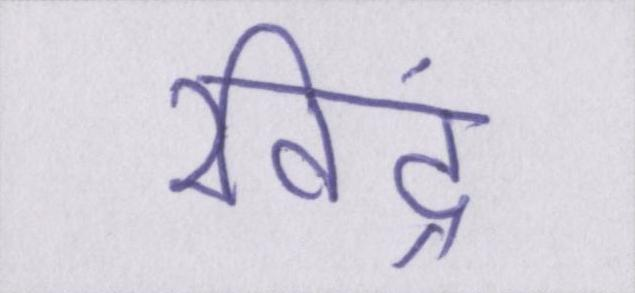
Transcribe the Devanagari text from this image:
रविंद्र